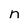
Character: n